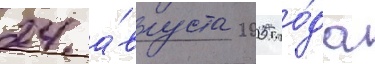
24 а́вгуста 2005 го́да